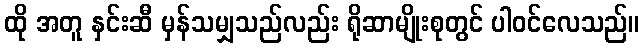
ထို အတူ နှင်းဆီ မှန်သမျှသည်လည်း ရိုဆာမျိုးစုတွင် ပါဝင်လေသည်။